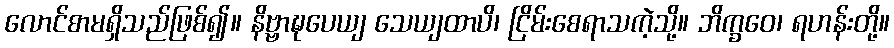
လောင်စာမရှိသည်ဖြစ်၍။ နိဗ္ဗာဍ္ဎပေယျ သေယျထာပိ၊ ငြိမ်းစေရာသကဲ့သို့။ ဘိက္ခဝေ၊ ရဟန်းတို့။